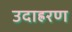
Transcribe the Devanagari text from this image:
उदाह्ररण